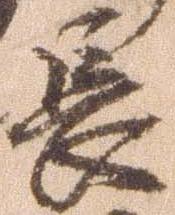
長